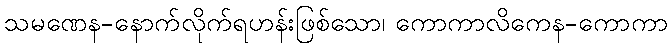
သမဏေန-နောက်လိုက်ရဟန်းဖြစ်သော၊ ကောကာလိကေန-ကောကာ